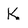
Character: K